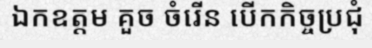
ឯកឧត្តម គួច ចំរើន បើកកិច្ចប្រជុំ